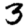
Digit: 3